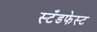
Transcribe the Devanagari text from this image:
स्टँडफेस्ट